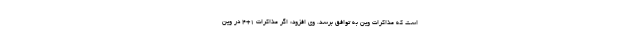
است که مذاکرات وین به توافق برسد. وی افزود: اگر مذاکرات 1+4 در وین